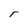
Character: r